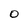
Character: O